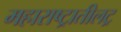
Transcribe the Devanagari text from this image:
महाराष्ट्रातीलट्र